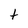
Character: t